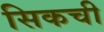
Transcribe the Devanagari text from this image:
सिकची